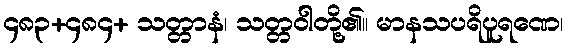
၄၈၃+၄၈၄+ သတ္တာနံ၊ သတ္တဝါတို့၏။ မာနသပရိပူရဏေ၊